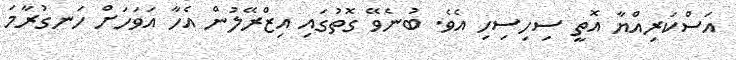
އަސްކަރިއްޔާ އޮތީ ސިހިސިހި އެވެ. ބުނެވޭ ގޮތުގައި އިޒްރޭލުން އެހާ އަވަހަަށް ހަނގުރާމަ